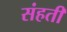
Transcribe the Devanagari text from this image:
संहती